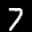
Label: 7